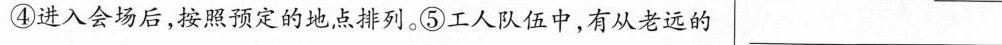
④进入会场后，按照预定的地点排列。⑤工人队伍中，有从老远的___